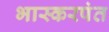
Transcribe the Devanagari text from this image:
भास्करपंत